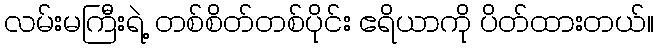
လမ်းမကြီးရဲ့ တစ်စိတ်တစ်ပိုင်း ဧရိယာကို ပိတ်ထားတယ်။